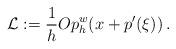
LaTeX: \begin{align*}\mathcal{L}:= \frac{1}{h}Op_h^w(x+p'(\xi))\, .\end{align*}